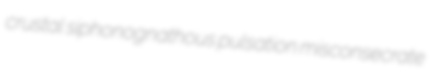
crustal siphonognathous pulsation misconsecrate